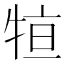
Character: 𤙫